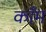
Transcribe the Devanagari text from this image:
कॉँम